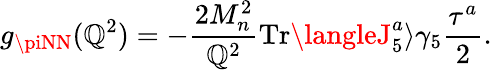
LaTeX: g_{\piNN}(\mathbb{Q}^{2})=-\frac{{2M_{n}^{2}}}{{\mathbb{Q}^{2}}}\mathrm{{Tr}}\langleJ_{5}^{a}\rangle\gamma_{5}\frac{{\tau^{a}}}{{2}}.